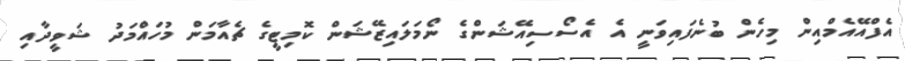
އެފްއޭއެމްއިން މިހެން ބުނެފައިވަނީ އެ އެސޯސިއޭޝަންގެ ނޯމަލައިޒޭޝަން ކޮމިޓީގެ ޗެއާމަން މުހައްމަދު ޝަވީދާއި